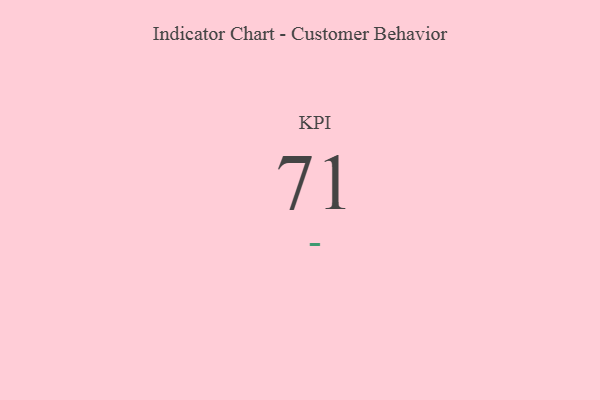
{"axis": {"x": "KPI", "y": "Value"}, "legend": [""], "data": [{"x": "KPI", "y": 71, "type": ""}]}